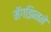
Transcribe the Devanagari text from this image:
मॅगझिनने